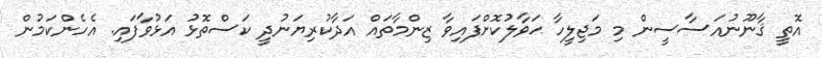
އޮތީ ޤާނޫނުއަސާސީން މި މަޖިލީހާ ޙަވާލުކޮށްފައިވާ ޒިންމާތައް އަދާކުރިޔަނުދީ ކަސްތޮޅު އަޅުވާފައި. އެހެންކަމުން